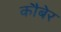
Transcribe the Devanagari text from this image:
कौबेर